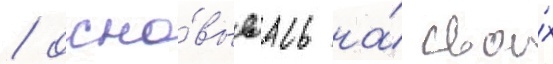
/ осно́вываась на́ свои́х